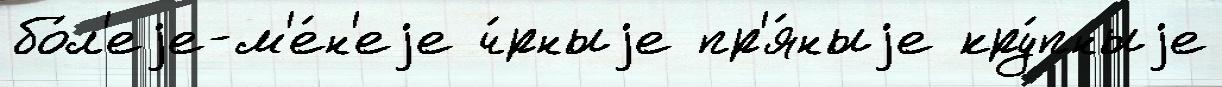
бо́л'еjе-м'е́н'еjе ч́рныjе пр'я́ныjе кру́пныjе